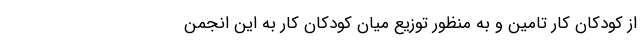
از کودکان کار تامین و به منظور توزیع میان کودکان کار به این انجمن